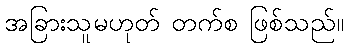
အခြားသူမဟုတ် တက်စ ဖြစ်သည်။